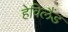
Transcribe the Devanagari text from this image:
हेविलैंड